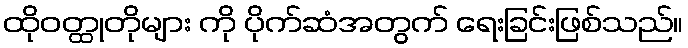
ထိုဝတ္ထုတိုများ ကို ပိုက်ဆံအတွက် ရေးခြင်းဖြစ်သည်။